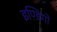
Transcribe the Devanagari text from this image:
इण्डिगो